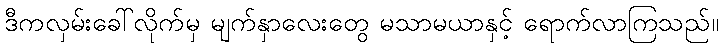
ဒီကလှမ်းခေါ်လိုက်မှ မျက်နှာလေးတွေ မသာမယာနှင့် ရောက်လာကြသည်။